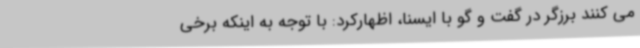
می کنند برزگر در گفت و گو با ایسنا، اظهارکرد: با توجه به اینکه برخی